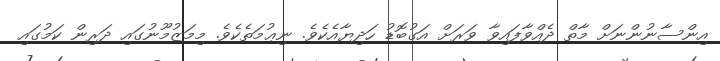
އިންސާނުންނަށް މާތް ދެއްވާފައިވާ ވަރަށް އަގުބޮޑު ހަދިޔާއެކެވެ. ނިޢުމަތެކެވެ. މިމަޒުމޫނުގައި ދަރިން ކަމުގައި